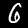
Digit: 6